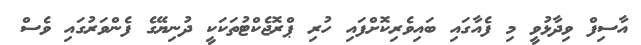
އާސިފް ވިދާޅުވީ މި ފެއާގައި ބައިވެރިކޮށްފައި ހުރި ޕްރޮޖެކްޓުތަކަކީ ދުނިޔޭގެ ފެންވަރުގައި ވެސް